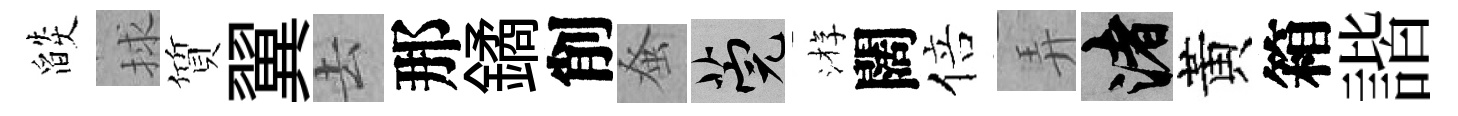
燄捄質翼去那鐍削𫊫筦㳺闊倍弄渚黃箱諧